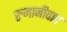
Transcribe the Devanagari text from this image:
रुमानीवाद